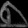
Digit: ၈